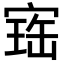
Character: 𡩧